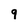
Character: 9